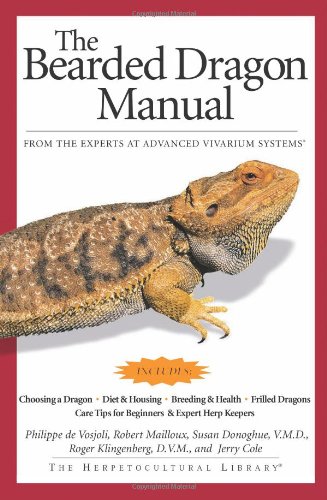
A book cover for The Bearded Dragon Manual (Advanced Vivarium Systems); Philippe De Vosjoli; Crafts, Hobbies & Home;